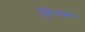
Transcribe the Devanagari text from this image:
हिनम